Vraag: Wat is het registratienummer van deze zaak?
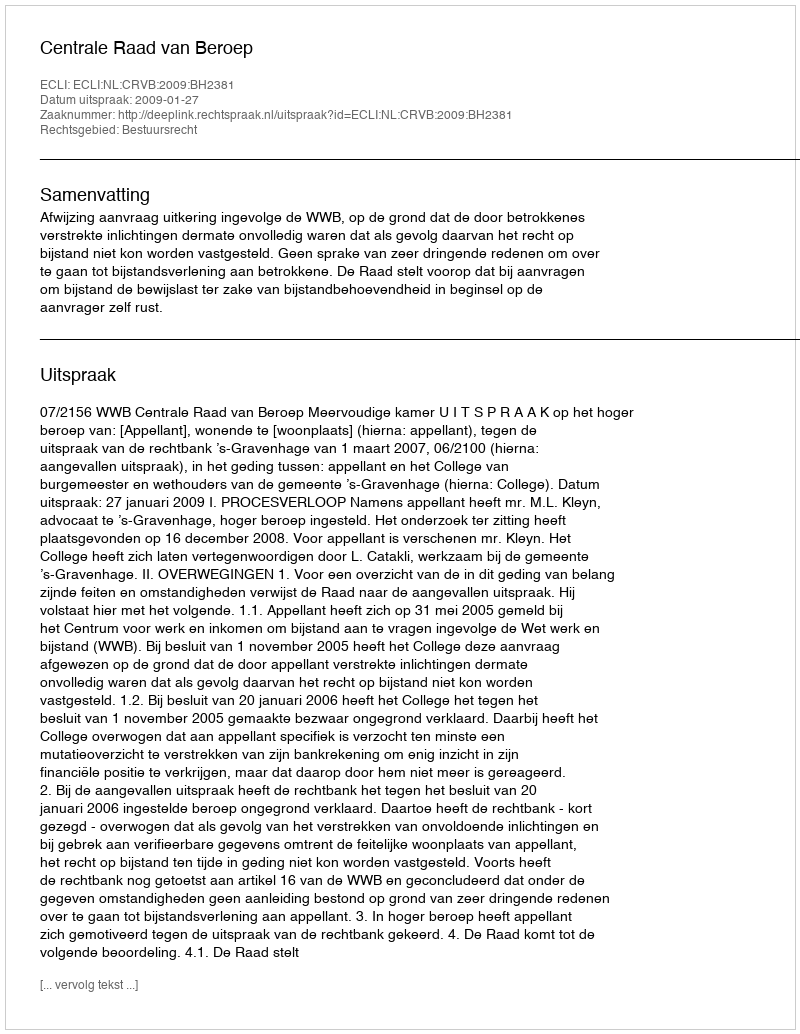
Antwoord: http://deeplink.rechtspraak.nl/uitspraak?id=ECLI:NL:CRVB:2009:BH2381